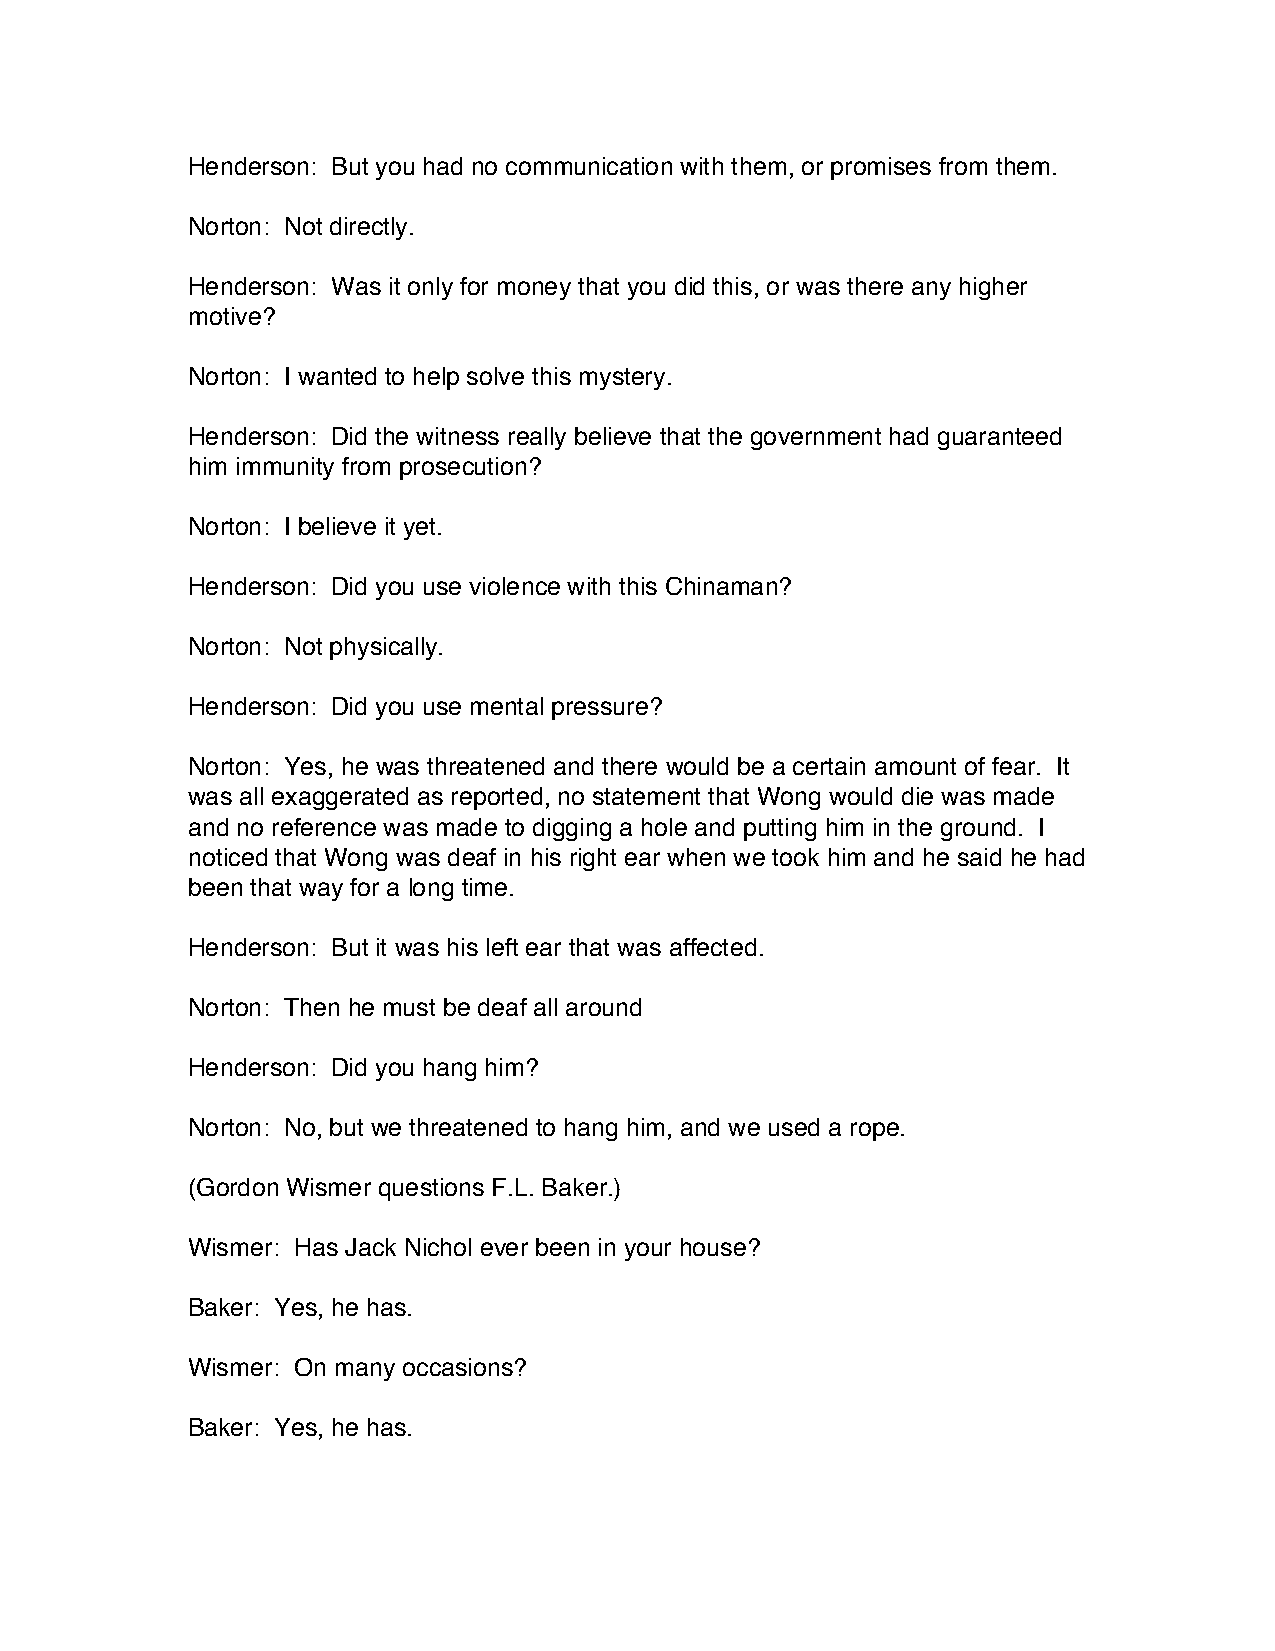
Henderson: But you had no communication with them, or promises from them.
 Norton: Not directly.
 Henderson: Was it only for money that you did this, or was there any higher
 motive?
 Norton: I wanted to help solve this mystery.
 Henderson: Did the witness really believe that the government had guaranteed
 him immunity from prosecution?
 Norton: I believe it yet.
 Henderson: Did you use violence with this Chinaman?
 Norton: Not physically.
 Henderson: Did you use mental pressure?
 Norton: Yes, he was threatened and there would be a certain amount of fear. It
 was all exaggerated as reported, no statement that Wong would die was made
 and no reference was made to digging a hole and putting him in the ground. I
 noticed that Wong was deaf in his right ear when we took him and he said he had
 been that way for a long time.
 Henderson: But it was his left ear that was affected.
 Norton: Then he must be deaf all around
 Henderson: Did you hang him?
 Norton: No, but we threatened to hang him, and we used a rope.
 (Gordon Wismer questions F.L. Baker.)
 Wismer: Has Jack Nichol ever been in your house?
 Baker: Yes, he has.
 Wismer: On many occasions?
 Baker: Yes, he has.